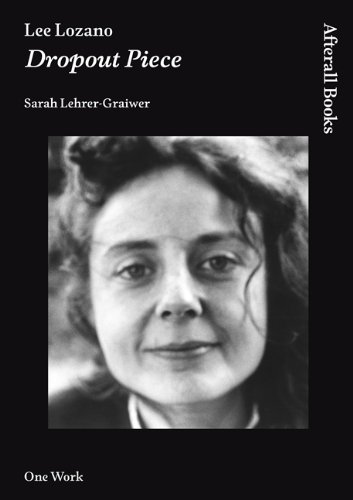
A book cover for Lee Lozano: Dropout Piece (AFTERALL); Sarah Lehrer-Graiwer; Arts & Photography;